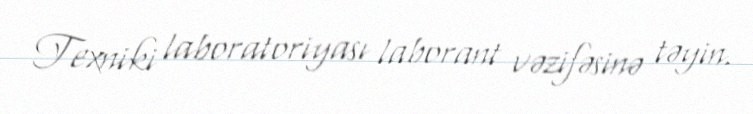
Texniki laboratoriyası laborant vəzifəsinə təyin.